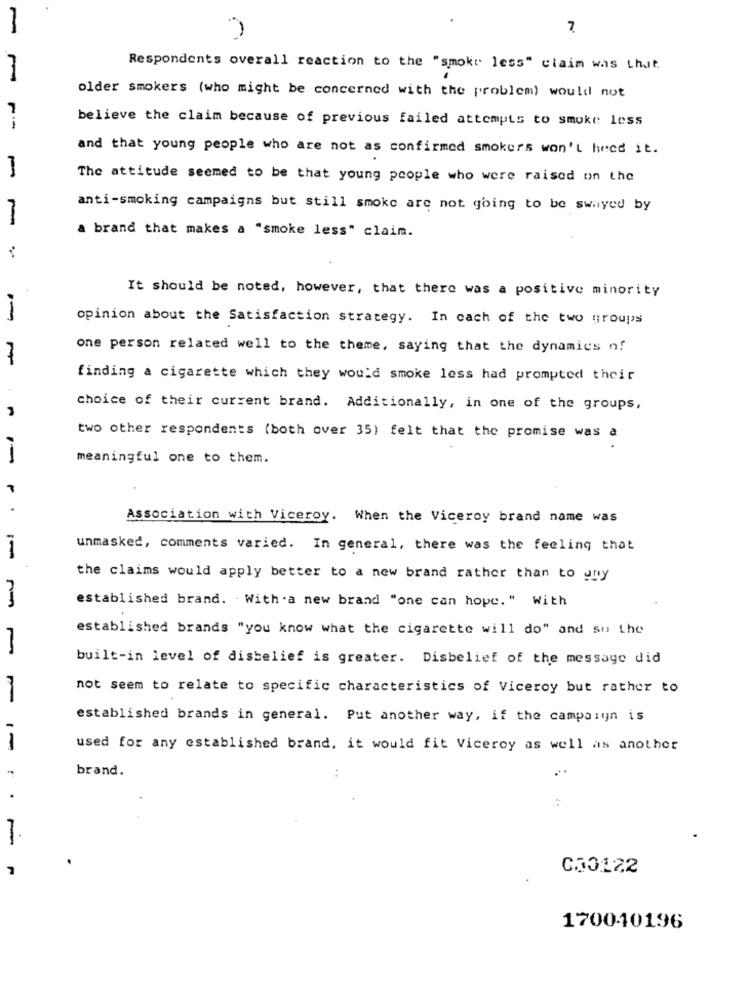
7
Respondents overall reaction to the "smoke less" claim was that.
older smokers (who might be concerned with the problem) would not
7
believe the claim because of previous failed attempts to smoke less
and that young people who are not as confirmed smokers won't heed it.
1
The attitude seemed to be that young people who were raised on the
anti-smoking campaigns but still smoke are not going to be swayed by
1
a brand that makes a "smoke less" claim.
It should be noted, however, that there was a positive minority
opinion about the Satisfaction strategy. In each of the two groups
one person related well to the theme, saying that the dynamics of
finding a cigarette which they would smoke less had prompted their
choice of their current brand. Additionally, in one of the groups,
two other respondents (both over 35) felt that the promise was a
meaningful one to them.
Association with Viceroy. When the Viceroy brand name was
unmasked, comments varied. In general, there was the feeling that
the claims would apply better to a new brand rather than to any
established brand. With .a new brand "one can hope." With
established brands "you know what the cigarette will do" and so the
-
built-in level of disbelief is greater. Disbelief of the message did
not seem to relate to specific characteristics of Viceroy but rather to
established brands in general. Put another way, if the campaign is
used for any established brand, it would fit Viceroy as well as another
brand.
.
:
-
000122
170040196